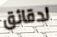
لدقائق